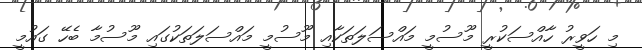
މި ހަވީރު ހާއްސަކުރީ މޫސުމީ މައްސަލަތަކާއި މޫސުމީ މައްސަލަތަކުގައި މޫސުމާ ބެހޭ ގައުމީ